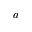
a